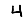
Digit: 4